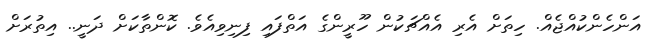
އަންހެންކުއްޖެއް. ހިތަށް އެރި އެއްޗަކުން ހޫރީންގެ އަތްފައި ފިނިވިއެވެ. ކޮންތާކަށް ދަނީ.. އިތުރަށް